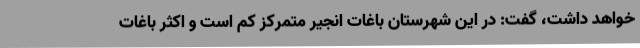
خواهد داشت، گفت: در این شهرستان باغات انجیر متمرکز کم است و اکثر باغات